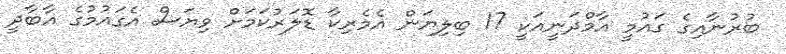
ބުރުނާއިގެ ގައުމީ އާމްދަނީއަކީ 17 ބިލިޔަން އެމެރިކާ ޑޮލަރުކަމަށް ވިޔަސް އެގައުމުގެ އާބާދީ